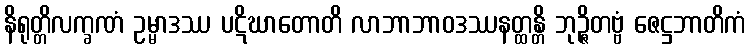
နိရုတ္တိလက္ခဏံ ဥမ္မာဒဿ ပဋိဃာတောတိ လာဘာဘာဝဒဿနတ္ထန္တိ ဘုဉ္ဇိတဗ္ဗံ ဇေဋ္ဌဘာတိကံ